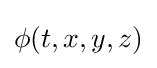
{\textstyle \phi (t,x,y,z)}